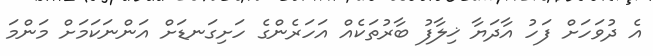
އެ ދުވަހަށް ފަހު އާދަޔާ ޚިލާފު ބާރުތަކެއް އަހަރެންގެ ހަށިގަނޑަށް އަންނަކަމަށް މަންމަ